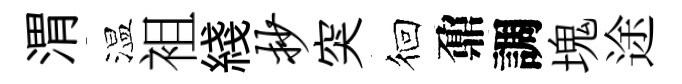
渭温袓綫抄突徊鼐調塊途